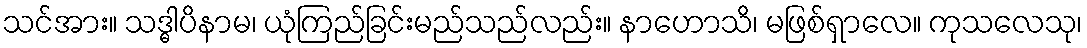
သင်အား။ သဒ္ဓါပိနာမ၊ ယုံကြည်ခြင်းမည်သည်လည်း။ နာဟောသိ၊ မဖြစ်ရှာလေ။ ကုသလေသု၊